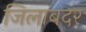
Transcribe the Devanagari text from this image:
जिलाबदर